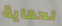
لحماية